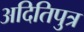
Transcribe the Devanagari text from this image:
अदितिपुत्र